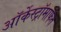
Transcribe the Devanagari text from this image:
ऑर्केस्ट्रॉमार्फत